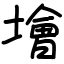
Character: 𡑭